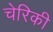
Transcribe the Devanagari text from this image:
चेरिकी